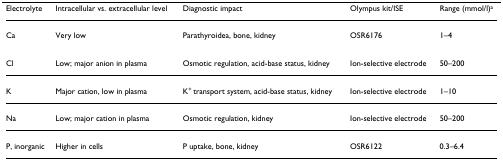
| Electrolyte | Intracellular vs. extracellular level | Diagnostic impact | Olympus kit/ISE | Range (mmol/l)a |
 | --- | --- | --- | --- | --- |
 | Ca | Very low | Parathyroidea, bone, kidney | OSR6176 | 1–4 |
 | Cl | Low; major anion in plasma | Osmotic regulation, acid-base status, kidney | Ion-selective electrode | 50–200 |
 | K | Major cation, low in plasma | K+ transport system, acid-base status, kidney | Ion-selective electrode | 1–10 |
 | Na | Low; major cation in plasma | Osmotic regulation, kidney | Ion-selective electrode | 50–200 |
 | P, inorganic | Higher in cells | P uptake, bone, kidney | OSR6122 | 0.3–6.4 |